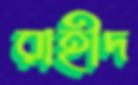
রাহীদ